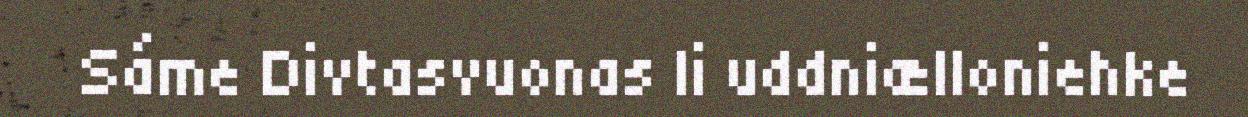
Sáme Divtasvuonas li uddniælloniehke